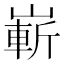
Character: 嶄